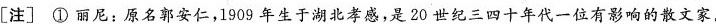
[注〕①丽尼：原名郭安仁，1909年生于湖光孝感，是20世纪三四十年代一位有影响的散文家。